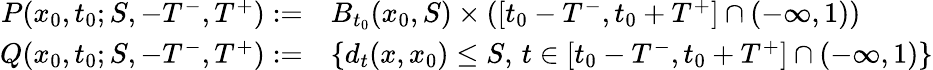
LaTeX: \begin{array}{rl}{P(x_{0},t_{0};S,-T^{-},T^{+}):=}&{B_{t_{0}}(x_{0},S)\times\left([t_{0}-T^{-},t_{0}+T^{+}]\cap(-\infty,1)\right)}\\ {Q(x_{0},t_{0};S,-T^{-},T^{+}):=}&{\left\{ d_{t}(x,x_{0})\le S,\, t\in[t_{0}-T^{-},t_{0}+T^{+}]\cap(-\infty,1)\right\} }\end{array}